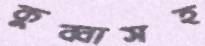
কুব্বাসহ